Indian journal of veterinary science and animal husbandry - Volume 5,
Year: 1935
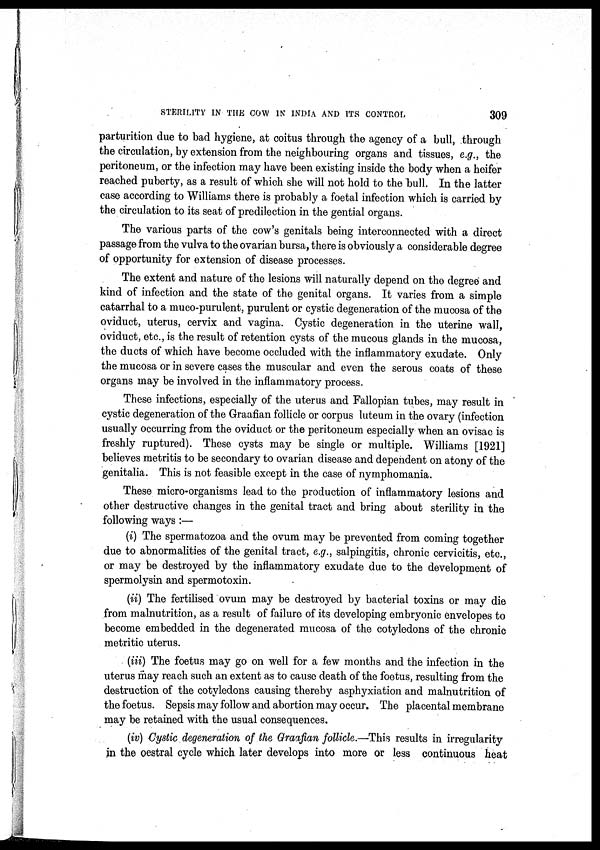
STERILITY IN THE COW IN INDIA AND ITS CONTROL
309
parturition due to bad hygiene, at coitus through the agency of a bull, through
the circulation, by extension from the neighbouring organs and tissues, e.g., the
peritoneum, or the infection may have been existing inside the body when a heifer
reached puberty, as a result of which she will not hold to the bull. In the latter
case according to Williams there is probably a foetal infection which is carried by
the circulation to its seat of predilection in the gential organs.
The various parts of the cow's genitals being interconnected with a direct
passage from the vulva to the ovarian bursa, there is obviously a considerable degree
of opportunity for extension of disease processes.
The extent and nature of the lesions will naturally depend on the degree and
kind of infection and the state of the genital organs. It varies from a simple
catarrhal to a muco-purulent, purulent or cystic degeneration of the mucosa of the
oviduct, uterus, cervix and vagina. Cystic degeneration in the uterine wall,
oviduct, etc., is the result of retention cysts of the mucous glands in the mucosa,
the ducts of which have become occluded with the inflammatory exudate. Only
the mucosa or in severe cases the muscular and even the serous coats of these
organs may be involved in the inflammatory process.
These infections, especially of the uterus and Fallopian tubes, may result in
cystic degeneration of the Graafian follicle or corpus luteum in the ovary (infection
usually occurring from the oviduct or the peritoneum especially when an ovisac is
freshly ruptured). These cysts may be single or multiple. Williams [1921]
believes metritis to be secondary to ovarian disease and dependent on atony of the
genitalia. This is not feasible except in the case of nymphomania.
These micro-organisms lead to the production of inflammatory lesions and
other destructive changes in the genital tract and bring about sterility in the
following ways :—
(i) The spermatozoa and the ovum may be prevented from coming together
due to abnormalities of the genital tract, e.g., salpingitis, chronic cervicitis, etc.,
or may be destroyed by the inflammatory exudate due to the development of
spermolysin and spermotoxin.
(ii) The fertilised ovum may be destroyed by bacterial toxins or may die
from malnutrition, as a result of failure of its developing embryonic envelopes to
become embedded in the degenerated mucosa of the cotyledons of the chronic
metritic uterus.
(iii) The foetus may go on well for a few months and the infection in the
uterus may reach such an extent as to cause death of the foetus, resulting from the
destruction of the cotyledons causing thereby asphyxiation and malnutrition of
the foetus. Sepsis may follow and abortion may occur. The placental membrane
may be retained with the usual consequences.
(iv) Cystic degeneration of the Graafian follicle.—This results in irregularity
in the oestral cycle which later develops into more or less continuous heat